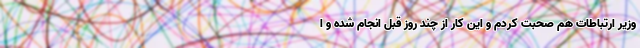
وزیر ارتباطات هم صحبت کردم و این کار از چند روز قبل انجام شده و ا